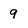
Character: 9